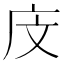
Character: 𪪍